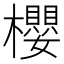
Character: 櫻